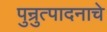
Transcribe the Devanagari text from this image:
पुन्रुत्पादनाचे